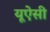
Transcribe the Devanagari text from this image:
यूऐसी